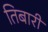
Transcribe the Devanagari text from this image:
तिबारी